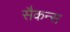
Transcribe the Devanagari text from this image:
सैकन्स